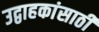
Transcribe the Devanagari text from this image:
उद्वाहकांसाठी